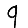
Digit: 9